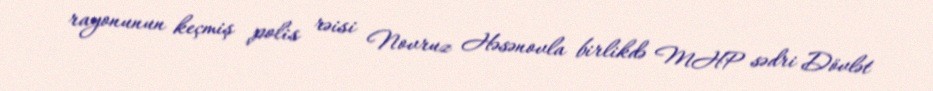
rayonunun keçmiş polis rəisi Novruz Həsənovla birlikdə MHP sədri Dövlət